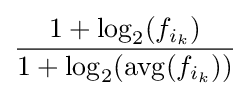
{\frac {1+\log _{2}(f_{i_{k}})}{1+\log _{2}(\operatorname {avg} (f_{i_{k}}))}}